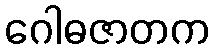
ဂေါဓဇာတက